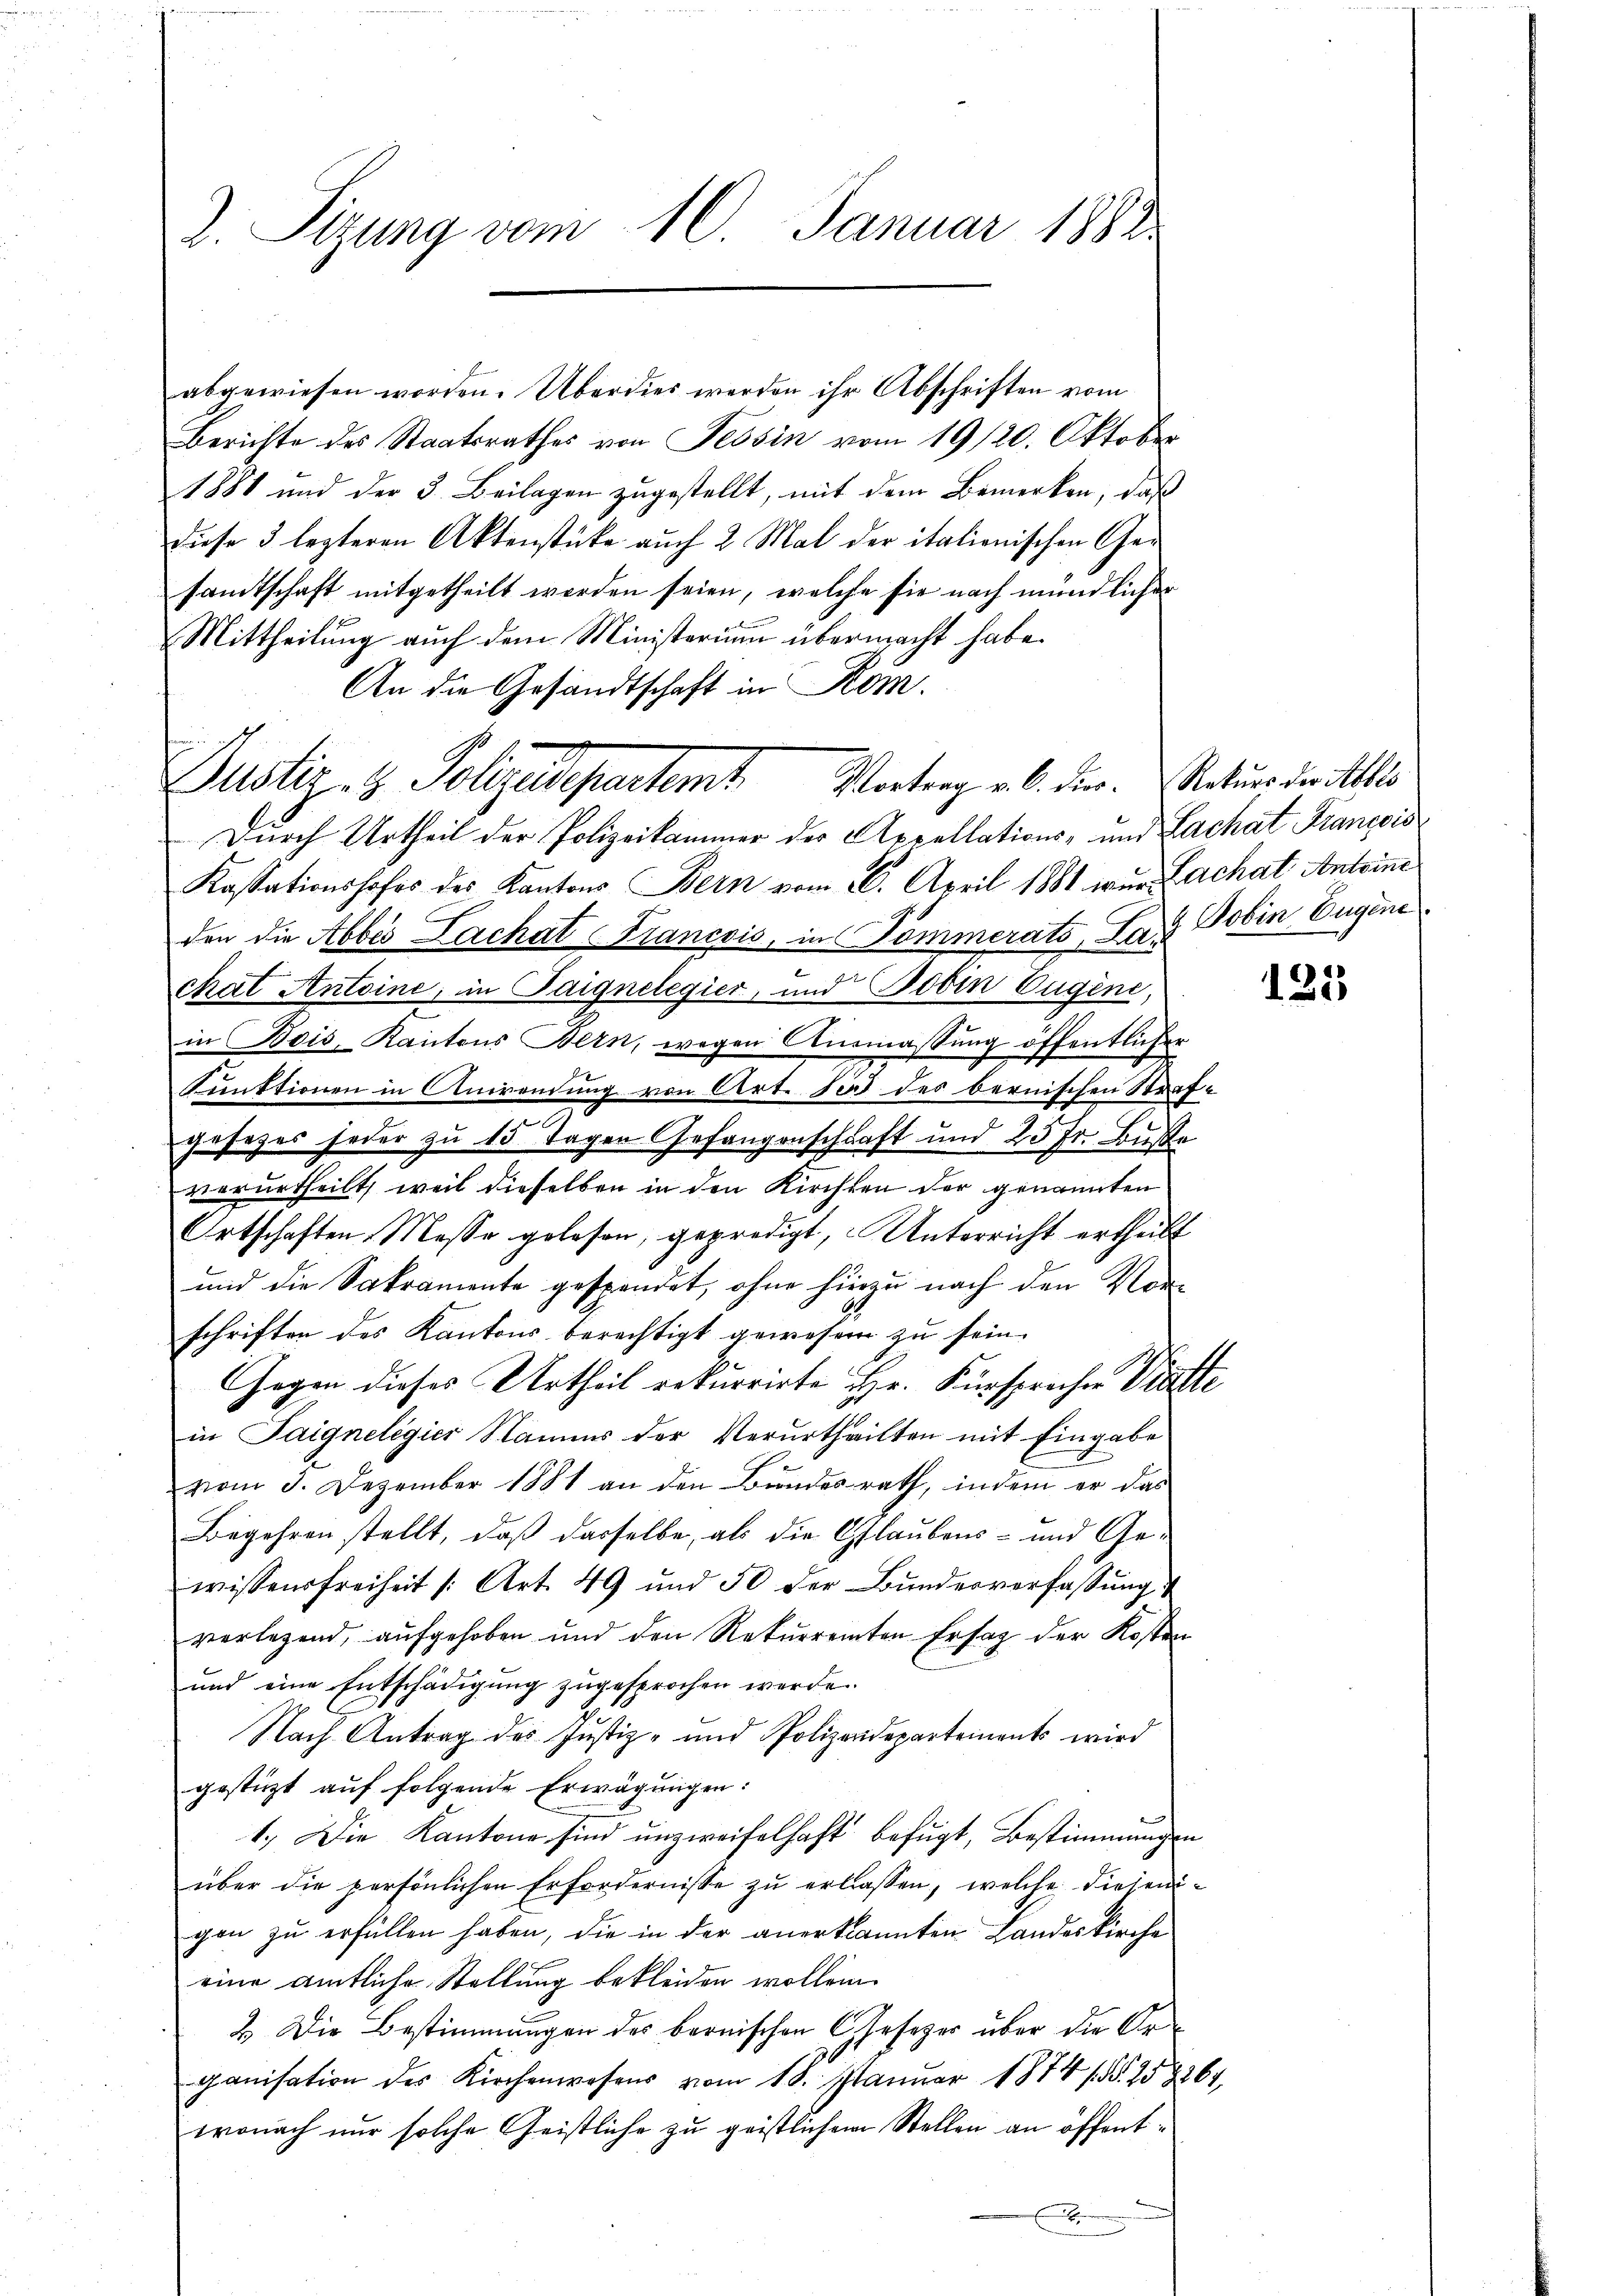
2. Sizung vom 10. Januar 1882

Berichte des Staatsrathes von Tessin vom 19/20. Oktober
1881 und der 3. Beilagen zugestellt, mit dem Bemerken, daß
diese 3 lezteren Aktenstücke auch 2 Mal der italionischen Ge-
samtschaft mitgetheilt werden seien, welche sie nach mündlicher
Mittheilung auch dem Ministerium übermacht habe.
An die Gesandtschaft in Kom
Justiz- & Polizeidepartent
Durch Urtheil der Polizeikammer der Appellations- und Lachat François
Kassationshofes des Kantons Bern vom 6. April 1881 wir Lachat Antoine
C
den die Abbes Lachat Francois, in Pommerats, La & Tobin. Eugene
chat Antoine, in Taignelegier, und Doben Eugen,
in Bois, Kantons Bern, wegen Anmassung öffentlicher
Punktionen in Anwendung von Art. 10 des bernischen Straf-
gesezes jeder zu 15 Tagen Gefangenschaft und 25 Fr. Busse
verurtheilt, weil dieselben in den Kirchten der genannten
Ortschaften Messe gelesen, gepredigt, Unterricht ertheilt
und die Sakramente gespendet, ohne hinzu nach den Vorschriften des Kantons berechtigt gewesen zu sein.
Gegen dieses Urtheil rekurrirte Hr. Fürsprechen Dritte
in Taignelegier Namms der Verurtheilten mit Eingabe
vom 3. Dezember 1881 an den Bundesrath, indem er das
Begehren stellt, daß dasselbe, als die Glaubens- und Gewissensfreiheit /: Art. 49 und 50 der Bundesverfassung
verlegend, aufgehoben und den Rekurrenten Erstag der Kosten
und eine Entschädigung zugesprochen werde.
Nach Antrag des Justiz- und Polizeidepartements wird
gestützt auf folgende Erwägungen:
1.) Die Kantone sind unzweifelhaft befugt, Bestimmungen
über die persönlichen Erfordernisse zŭ erlassen, welche diesen-
gen zu erfüllen haben, die in der anerkannten Landeskirche
eine amtliche Stellung bekleiden wollen.
2.) Die Bestimmungen des bernischen Gesezes über die Arganisation des Kirchenwesens vom 18. Januar 1874 (§§. 158264
wonach nur solche Geistliche zu geistlichem Stellen an öffent¬

abgewiesen worden. Überdies werden ihr Abschriften vom

Vortrag v. C. Dier. Rekurs der Albis

131